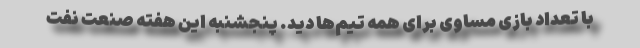
با تعداد بازی مساوی برای همه تیم‌ها دید. پنجشنبه این هفته صنعت نفت